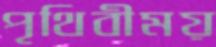
পৃথিবীময়